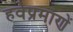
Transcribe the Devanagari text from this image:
हवेप्रमाणें